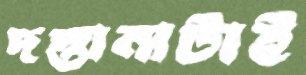
দস্তানাটাই